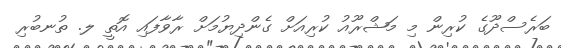
ބަރެސްދޫގެ ކުރިން މި މަޝްރޫއު ކުރިއަށް ގެންދިޔުމަށް ރާވާފައި އޮތީ ލ. ތުނބުރި